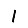
Digit: 1